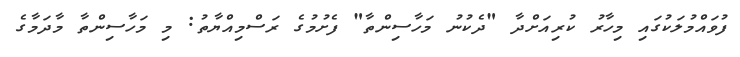
ފުވައްމުލަކުގައި މިހާރު ކުރިއަށްދާ "ދެކުނު މަހާސިންތާ" ފެށުމުގެ ރަސްމިއްޔާތު: މި މަހާސިންތާ މާދަމާގެ